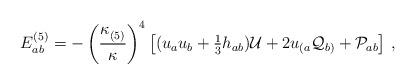
LaTeX: \begin{align*}E^{(5)}_{ab} = -\left(\frac{\kappa^{}_{(5)}}{\kappa}\right)^4\left[ (u_au_b+\textstyle{1\over3}h_{ab}){\cal U} +2u_{(a}{\cal Q}_{b)}+{\cal P}_{ab}\right]\,, \end{align*}